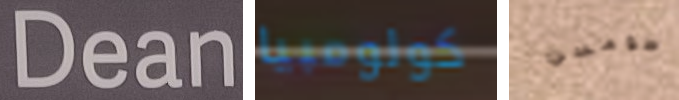
Dean كولومبيا طومسن